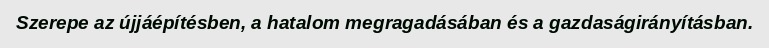
Szerepe az újjáépítésben, a hatalom megragadásában és a gazdaságirányításban.